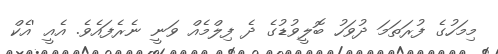
މިމަހުގެ ފުރަތަމަ ދުވަހު ބޮލީވުޑުގެ ދެ ފިލްމެއް ވަނީ ނެރެފައެވެ. އެއީ 'އެކް